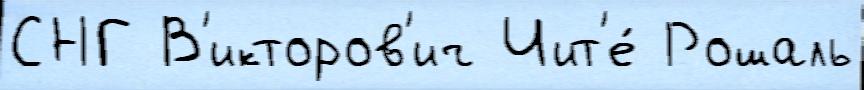
СНГ В'икторов'ич Чит'е́ Рошаль